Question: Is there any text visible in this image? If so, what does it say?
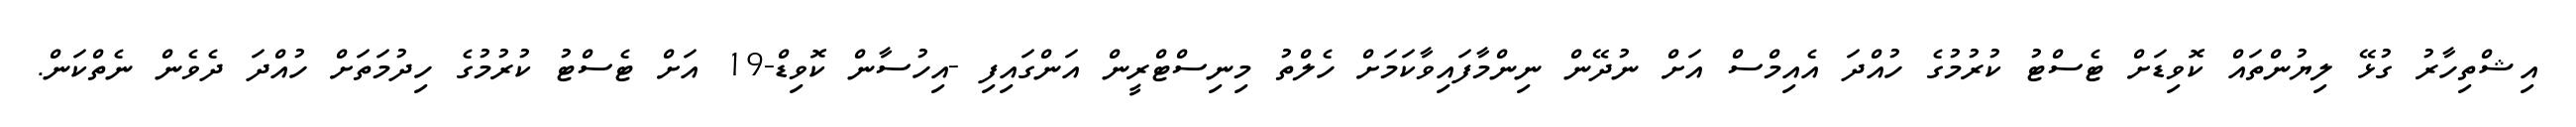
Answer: އިޝްތިހާރު ގުޅޭ ލިޔުންތައް ކޮވިޑަށް ޓެސްޓު ކުރުމުގެ ހުއްދަ އެއިމްސް އަށް ނުދޭން ނިންމާފައިވާކަމަށް ހެލްތު މިނިސްޓްރީން އަންގައިފި -އިހުސާން ކޮވިޑް-19 އަށް ޓެސްޓު ކުރުމުގެ ހިދުމަތަށް ހުއްދަ ދެވެން ނެތްކަން.